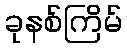
ခုနစ်ကြိမ်